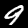
Digit: 9